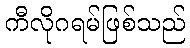
ကီလိုဂရမ်ဖြစ်သည်